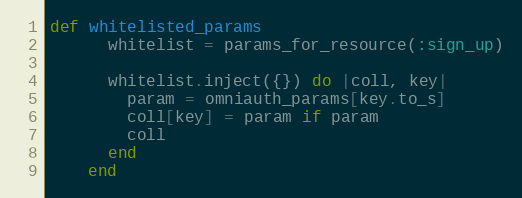
Language: Ruby
def whitelisted_params
      whitelist = params_for_resource(:sign_up)

      whitelist.inject({}) do |coll, key|
        param = omniauth_params[key.to_s]
        coll[key] = param if param
        coll
      end
    end